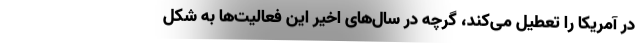
در آمریکا را تعطیل می‌کند، گرچه در سال‌های اخیر این فعالیت‌ها به شکل